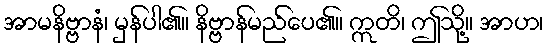
အာမနိဗ္ဗာနံ၊ မှန်ပါ၏။ နိဗ္ဗာန်မည်ပေ၏။ ဣတိ၊ ဤသို့။ အာဟ၊